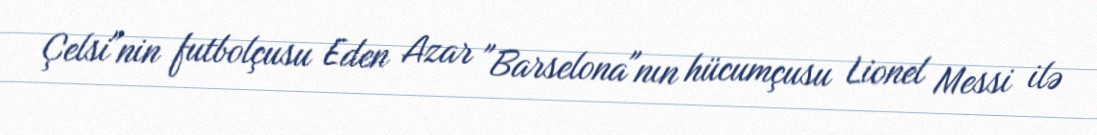
Çelsi"nin futbolçusu Eden Azar "Barselona"nın hücumçusu Lionel Messi ilə